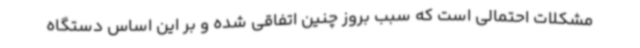
مشکلات احتمالی است که سبب بروز چنین اتفاقی شده و بر این اساس دستگاه